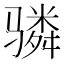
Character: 𬴊